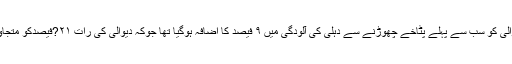
گزشتہ دیوالی کو سب سے پہلے پٹاخے چھوڑنے سے دہلی کی آلودگی میں ۹ فیصد کا اضافہ ہوگیا تھا جوکہ دیوالی کی رات ۲۱?فیصدکو متجاوز کر گیا۔